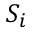
S _ { i }